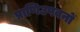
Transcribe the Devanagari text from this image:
प्राणिउपवनों